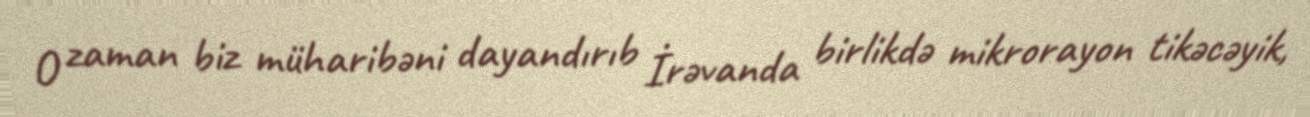
O zaman biz müharibəni dayandırıb İrəvanda birlikdə mikrorayon tikəcəyik,